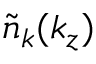
\tilde { n } _ { k } ( k _ { z } )